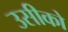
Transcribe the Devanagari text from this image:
उसीको